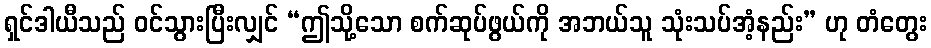
ရှင်ဒါယီသည် ဝင်သွားပြီးလျှင် “ဤသို့သော စက်ဆုပ်ဖွယ်ကို အဘယ်သူ သုံးသပ်အံ့နည်း” ဟု တံတွေး